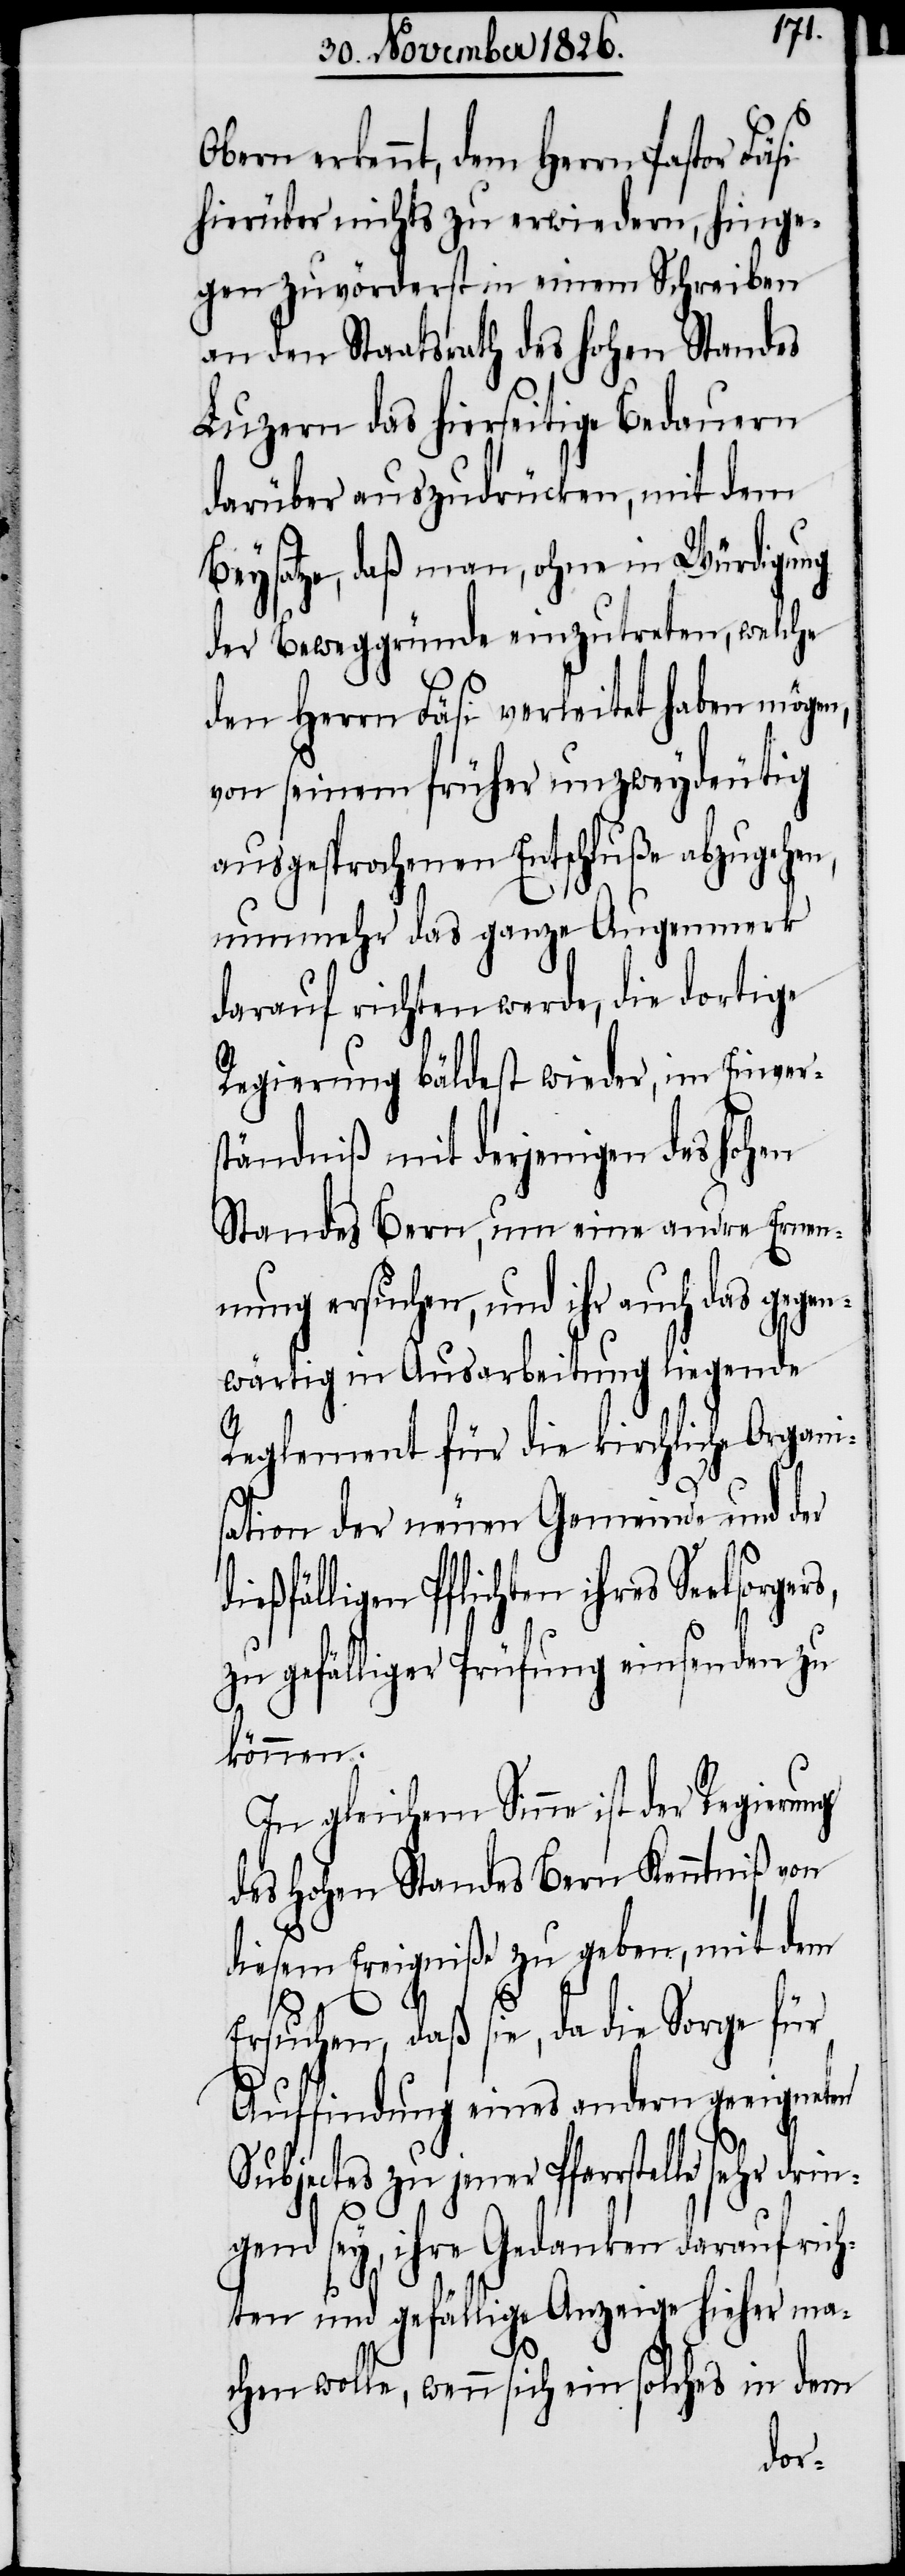
Obern erkennt, dem Herrn Pastor Fä¬
hierüber nichts zu erwiedern, hinge¬
gen zuvörderst in einem Schreiben
an den Staatsrath des hohen Standes
Luzern das hierseitige Bedauern
darüber auszudrücken, mit dem
Beysatze, daß man, ohne in Würdigung
der Beweggründe einzutreten, welche
den Herrn Fäsi verleitet haben mögen,
von seinem früher unzweydeutig
ausgesprochenen Entschluße abzugehen,
nunmehr das ganze Augenmerk
darauf richten werde, die dortige
Regierung bäldest wieder, im Einver¬
ständniß mit derjenigen des hohen
Standes Bern, um eine andre Ernen¬
nung ersuchen, und ihr auch das ge¬
wärtig in Ausarbeitung liegende
si
Reglement für die kirchliche Organi¬
sation der neuen Gemeinde und der
ießfälligen Pflichten ihres Seelsor¬
zu gefälliger Prüfung einsenden zu
können.
In gleichem Sinne ist der Regierung
des hohen Standes Bern Kenntniß von
diesem Ereigniß zu geben, mit dem
d¬
Ersuchen, daß sie, da die Sorge für
Auffindung eines andern geeigneten
Subjectes zu jener Pfarrstelle sehr
ngend sey, ihre Gedanken darauf rich¬
ten und gefällige Anzeige hieher ma¬
chen wolle, wenn sich ein solches in dem
dri¬